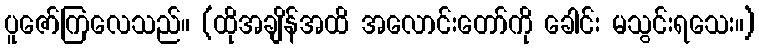
ပူဇော်ကြလေသည်။ (ထိုအချိန်အထိ အလောင်းတော်ကို ခေါင်း မသွင်းရသေး။)